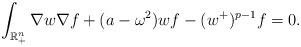
LaTeX: \begin{align*}\int_{\mathbb{R}_{+}^{n}}\nabla w\nabla f+(a-\omega^{2})wf-(w^{+})^{p-1}f=0.\end{align*}